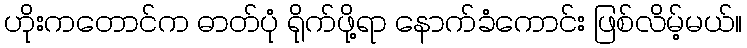
ဟိုးကတောင်က ဓာတ်ပုံ ရိုက်ဖို့ရာ နောက်ခံကောင်း ဖြစ်လိမ့်မယ်။